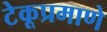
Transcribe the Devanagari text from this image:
टेकूप्रमाणे